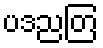
ပဒညတြ